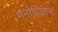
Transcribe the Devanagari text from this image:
मनोविज्ञान